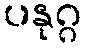
ပနုဂ္ဂ